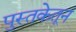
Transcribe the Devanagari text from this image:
पुस्तकेतून